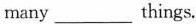
many___things.